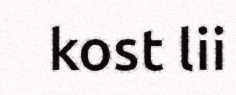
kost lii